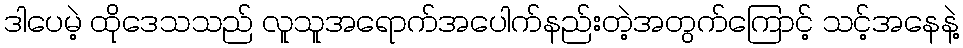
ဒါပေမဲ့ ထိုဒေသသည် လူသူအရောက်အပေါက်နည်းတဲ့အတွက်ကြောင့် သင့်အနေနဲ့